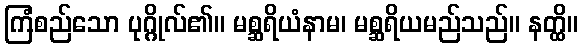
ကြံစည်သော ပုဂ္ဂိုလ်၏။ မစ္ဆရိယံနာမ၊ မစ္ဆရိယမည်သည်။ နတ္ထိ။